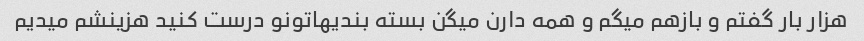
هزار بار گفتم و بازهم میگم و همه دارن میگن بسته بندیهاتونو درست کنید هزینشم میدیم